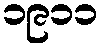
၁၉၁၁